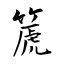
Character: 篪